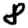
Digit: 8